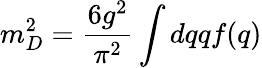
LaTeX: m_{D}^{2}=\frac{6g^{2}}{\pi^{2}}\int dqqf(q)